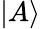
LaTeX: \vert A\rangle